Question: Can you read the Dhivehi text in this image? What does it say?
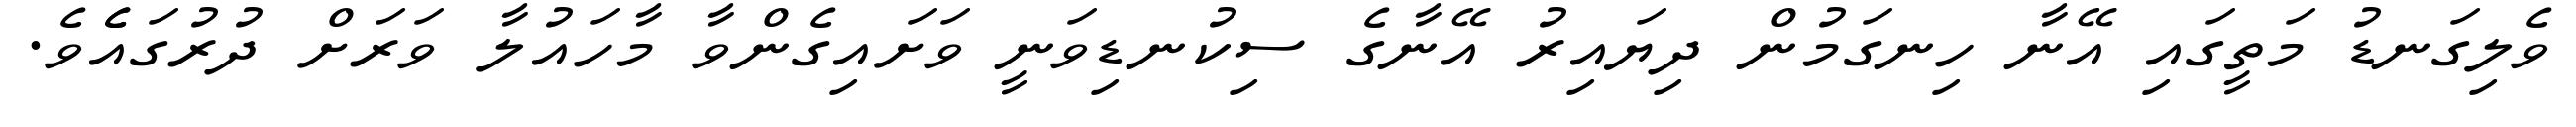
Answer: ވެލިގަނޑު މަތީގައި އޭނާ ހިނގަމުން ދިޔައިރު އޭނާގެ ސިކުނޑިވަނީ ވަށައިގެންވާ މާހައުލާ ވަރަށް ދުރުގައެެވެ.